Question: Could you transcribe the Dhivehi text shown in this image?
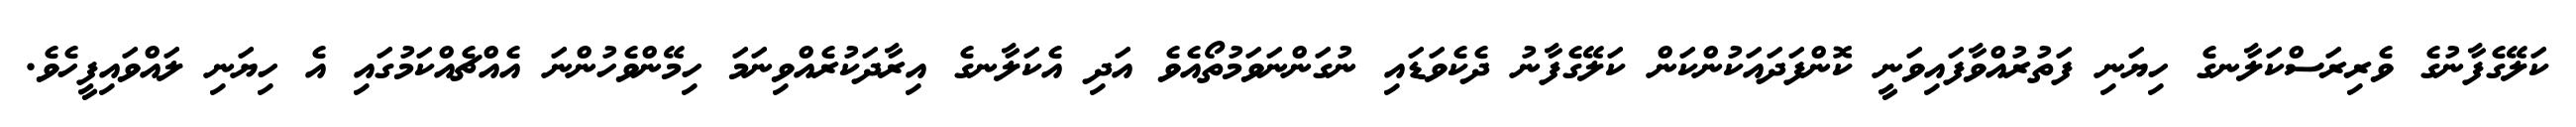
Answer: ކަލޭގެފާނުގެ ވެރިރަސްކަލާނގެ ހިޔަނި ފަތުރުއްވާފައިވަނީ ކޮންފަދައަކުންކަން ކަލޭގެފާނު ދެކެވަޑައި ނުގަންނަވަމުތޯއެވެ އަދި އެކަލާނގެ އިރާދަކުރެއްވިނަމަ ހިމޭންވެހުންނަ އެއްޗެއްކަމުގައި އެ ހިޔަނި ލައްވައިފީހެވެ.